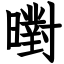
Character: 㬣